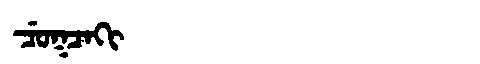
Manchu: ᠴᡠᡴᠴᠠᡴᡳ
Romanization: CUKCAKI